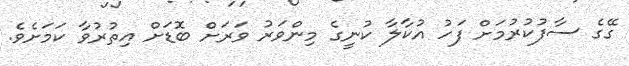
ގޭގެ ސާފުކުރުމަށް ފަހު އުކާލާ ކުނީގެ މިންވަރު ވަރަށް ބޮޑަށް އިތުރުވާ ކަމަށެވެ.